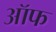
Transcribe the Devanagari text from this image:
ऑफ